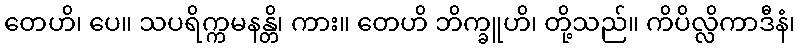
တေဟိ၊ ပေ။ သပရိက္ကမနန္တိ၊ ကား။ တေဟိ ဘိက္ခူဟိ၊ တို့သည်။ ကိပိလ္လိကာဒီနံ၊